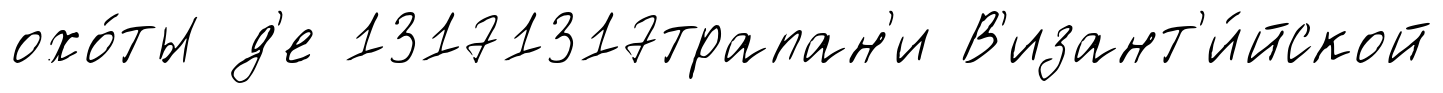
охо́ты д'е 13171317трапан'и В'изант'и́йской